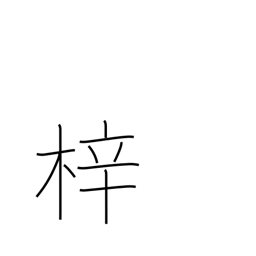
Meaning: woodblock printing